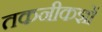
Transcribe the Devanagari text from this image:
तकनीकज्ञों